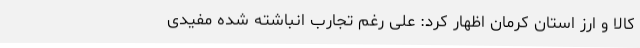
کالا و ارز استان کرمان اظهار کرد: علی رغم تجارب انباشته شده مفیدی